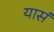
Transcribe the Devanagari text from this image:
यासं